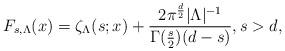
LaTeX: \begin{align*} F_{s,\Lambda} (x)=\zeta_{\Lambda}(s;x)+\frac{2\pi^{\frac{d}{2}}|\Lambda|^{-1}}{\Gamma(\frac{s}{2})(d-s)}, s>d,\end{align*}